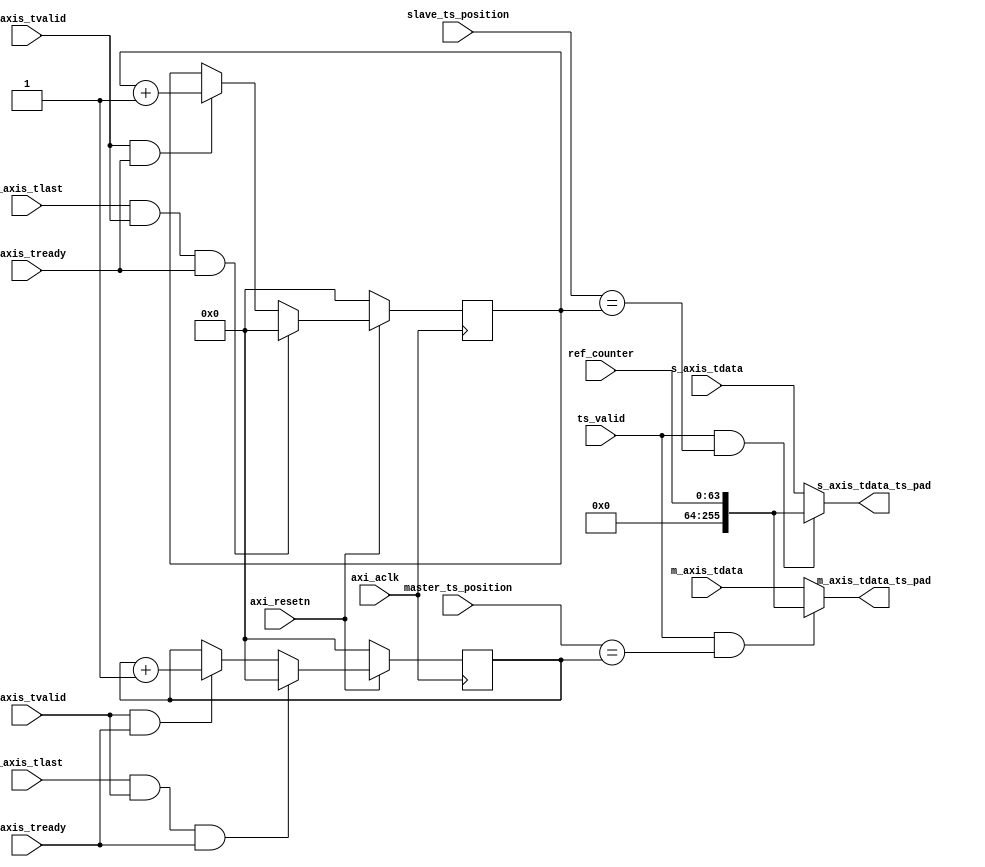
module timestamp_pad_proc
#(
   parameter   TS_POSITION_WIDTH       = 8,
   parameter   C_M_AXIS_TDATA_WIDTH    = 256,
   parameter   C_S_AXIS_TDATA_WIDTH    = 256
)
(
   input                                              axi_aclk,
   input                                              axi_resetn,

   input       [63:0]                                 ref_counter,
   input                                              ts_valid,
   input       [TS_POSITION_WIDTH-1:0]                slave_ts_position,
   input       [TS_POSITION_WIDTH-1:0]                master_ts_position,
   //Slave Stream Ports (interface to data path)
   input       [C_S_AXIS_TDATA_WIDTH-1:0]             s_axis_tdata,
   input                                              s_axis_tvalid,
   input                                              s_axis_tready,
   input                                              s_axis_tlast,
   //To rx fifo
   output      [C_S_AXIS_TDATA_WIDTH-1:0]             s_axis_tdata_ts_pad,
   //Master Stream Ports (interface to TX queues)
   input       [C_M_AXIS_TDATA_WIDTH-1:0]             m_axis_tdata,
   input                                              m_axis_tvalid,
   input                                              m_axis_tready,
   input                                              m_axis_tlast,
   //From tx fifo
   output      [C_M_AXIS_TDATA_WIDTH-1:0]             m_axis_tdata_ts_pad
);

//Add packet data in passive way at axis slave
reg   [7:0] slave_pkt_word_cnt, master_pkt_word_cnt;

always @(posedge axi_aclk)
 if (~axi_resetn)
    slave_pkt_word_cnt  <= 0;
 else if (s_axis_tlast & s_axis_tvalid & s_axis_tready)
    slave_pkt_word_cnt  <= 0;
 else if (s_axis_tvalid & s_axis_tready)
    slave_pkt_word_cnt  <= slave_pkt_word_cnt + 1;

assign s_axis_tdata_ts_pad = (ts_valid && (slave_ts_position[7:0] == slave_pkt_word_cnt)) ? ref_counter : s_axis_tdata;

//Add packet data in passive way at axis master 
always @(posedge axi_aclk)
 if (~axi_resetn)
    master_pkt_word_cnt <= 0;
 else if (m_axis_tlast & m_axis_tvalid & m_axis_tready)
    master_pkt_word_cnt <= 0;
 else if (m_axis_tvalid & m_axis_tready)
    master_pkt_word_cnt <= master_pkt_word_cnt + 1;

assign m_axis_tdata_ts_pad = (ts_valid && (master_ts_position[7:0] == master_pkt_word_cnt)) ? ref_counter : m_axis_tdata;

endmodule